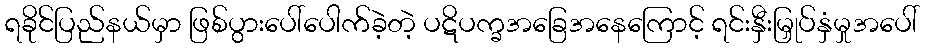
ရခိုင်ပြည်နယ်မှာ ဖြစ်ပွားပေါ်ပေါက်ခဲ့တဲ့ ပဋိပက္ခအခြေအနေကြောင့် ရင်းနှီးမြှုပ်နှံမှုအပေါ်